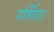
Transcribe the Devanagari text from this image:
पर्शिया।